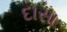
દાસા